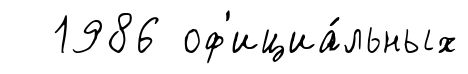
1986 оф'ициа́льных